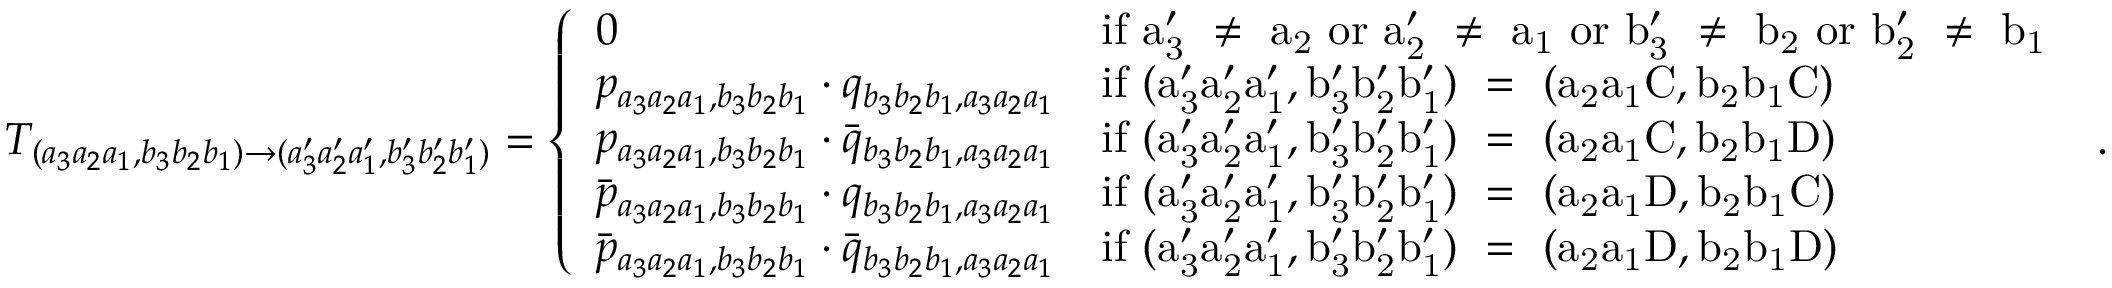
T _ { ( a _ { 3 } a _ { 2 } a _ { 1 } , b _ { 3 } b _ { 2 } b _ { 1 } ) \to ( a _ { 3 } ^ { \prime } a _ { 2 } ^ { \prime } a _ { 1 } ^ { \prime } , b _ { 3 } ^ { \prime } b _ { 2 } ^ { \prime } b _ { 1 } ^ { \prime } ) } = \left\{ \begin{array} { l l } { 0 } & { \mathrm { i f ~ a _ 3 ' ~ \neq ~ a _ 2 ~ o r ~ a _ 2 ' ~ \neq ~ a _ 1 ~ o r ~ b _ 3 ' ~ \neq ~ b _ 2 ~ o r ~ b _ 2 ' ~ \neq ~ b _ 1 ~ } } \\ { p _ { a _ { 3 } a _ { 2 } a _ { 1 } , b _ { 3 } b _ { 2 } b _ { 1 } } \cdot q _ { b _ { 3 } b _ { 2 } b _ { 1 } , a _ { 3 } a _ { 2 } a _ { 1 } } } & { \mathrm { i f ~ ( a _ 3 ' a _ 2 ' a _ 1 ' , b _ 3 ' b _ 2 ' b _ 1 ' ) ~ = ~ ( a _ 2 a _ 1 C , b _ 2 b _ 1 C ) ~ } } \\ { p _ { a _ { 3 } a _ { 2 } a _ { 1 } , b _ { 3 } b _ { 2 } b _ { 1 } } \cdot \bar { q } _ { b _ { 3 } b _ { 2 } b _ { 1 } , a _ { 3 } a _ { 2 } a _ { 1 } } } & { \mathrm { i f ~ ( a _ 3 ' a _ 2 ' a _ 1 ' , b _ 3 ' b _ 2 ' b _ 1 ' ) ~ = ~ ( a _ 2 a _ 1 C , b _ 2 b _ 1 D ) ~ } } \\ { \bar { p } _ { a _ { 3 } a _ { 2 } a _ { 1 } , b _ { 3 } b _ { 2 } b _ { 1 } } \cdot q _ { b _ { 3 } b _ { 2 } b _ { 1 } , a _ { 3 } a _ { 2 } a _ { 1 } } } & { \mathrm { i f ~ ( a _ 3 ' a _ 2 ' a _ 1 ' , b _ 3 ' b _ 2 ' b _ 1 ' ) ~ = ~ ( a _ 2 a _ 1 D , b _ 2 b _ 1 C ) ~ } } \\ { \bar { p } _ { a _ { 3 } a _ { 2 } a _ { 1 } , b _ { 3 } b _ { 2 } b _ { 1 } } \cdot \bar { q } _ { b _ { 3 } b _ { 2 } b _ { 1 } , a _ { 3 } a _ { 2 } a _ { 1 } } } & { \mathrm { i f ~ ( a _ 3 ' a _ 2 ' a _ 1 ' , b _ 3 ' b _ 2 ' b _ 1 ' ) ~ = ~ ( a _ 2 a _ 1 D , b _ 2 b _ 1 D ) ~ } } \end{array} \right. .